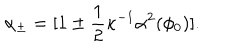
\alpha _ { \pm } = [ 1 \pm \frac { 1 } { 2 } \kappa ^ { - 1 } \alpha ^ { 2 } ( \phi _ { 0 } ) ] .